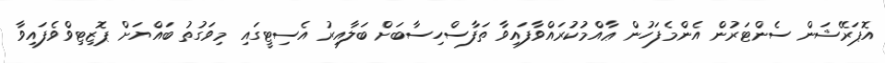
އޮޕަރޭޝަން ސެންޓަރުން އެންމެފަހުން ޢާއްމުކުރައްވާފައިވާ ތަފާސްހިސާބަށް ބަލާއިރު އެސިޓީގައި މިވަގުތު ބައްޔަށް ޕޮޒިޓިވްވެފައިވާ